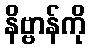
နိဗ္ဗာန်ကို